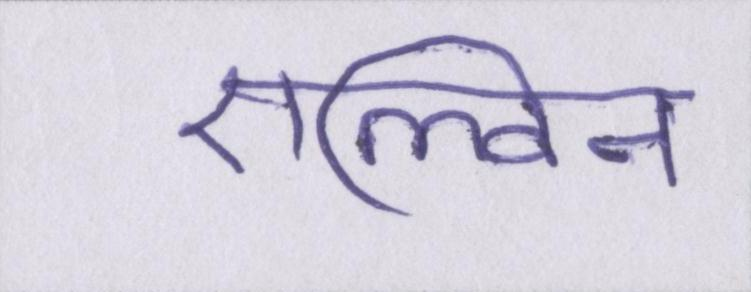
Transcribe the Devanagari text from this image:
एल्विन